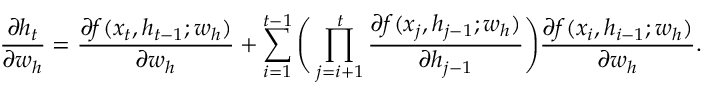
\frac { \partial h _ { t } } { \partial w _ { h } } = \frac { \partial f ( x _ { t } , h _ { t - 1 } ; w _ { h } ) } { \partial w _ { h } } + \sum _ { i = 1 } ^ { t - 1 } \Bigg ( \prod _ { j = i + 1 } ^ { t } \frac { \partial f ( x _ { j } , h _ { j - 1 } ; w _ { h } ) } { \partial h _ { j - 1 } } \Bigg ) \frac { \partial f ( x _ { i } , h _ { i - 1 } ; w _ { h } ) } { \partial w _ { h } } .